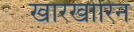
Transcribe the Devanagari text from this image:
खारखोरिन